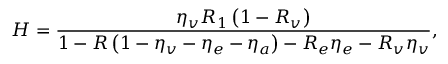
H = \frac { \eta _ { v } R _ { 1 } \left( 1 - R _ { v } \right) } { 1 - R \left( 1 - \eta _ { v } - \eta _ { e } - \eta _ { a } \right) - R _ { e } \eta _ { e } - R _ { v } \eta _ { v } } ,